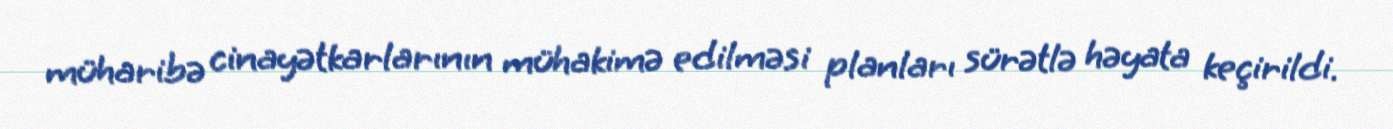
müharibə cinayətkarlarının mühakimə edilməsi planları sürətlə həyata keçirildi.